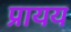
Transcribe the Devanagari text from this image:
प्रायय